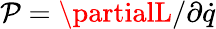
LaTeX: \mathcal{P}=\partialL/\partial{\dot{{q}}}